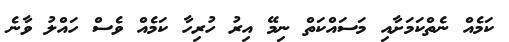
ކަމެއް ނެތްކަމަށާއި މަސައްކަތް ނިމޭ އިރު ހުރިހާ ކަމެއް ވެސް ހައްލު ވާނެ